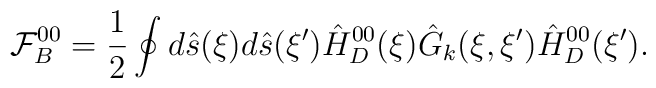
{\mathcal{F}_B^{00}}={1\over{2}}\oint{d}\hat{s}(\xi)d\hat{s}(\xi'){\hat{H}_D^{00}}(\xi){\hat{G}_k}(\xi,\xi'){\hat{H}_D^{00}}(\xi').